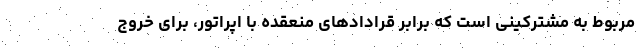
مربوط به مشترکینی است که برابر قرادادهای منعقده با اپراتور، برای خروج